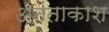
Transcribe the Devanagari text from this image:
अनंताकाश